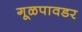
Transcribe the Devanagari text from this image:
गूळपावडर